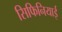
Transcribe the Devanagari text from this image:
सिफिनियाई